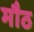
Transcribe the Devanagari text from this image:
मौठ